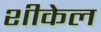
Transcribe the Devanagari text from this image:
शीकेल